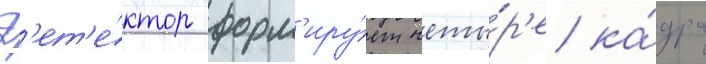
Д'ет'е́ктор форм'иру́ет четы́р'е ка́дра